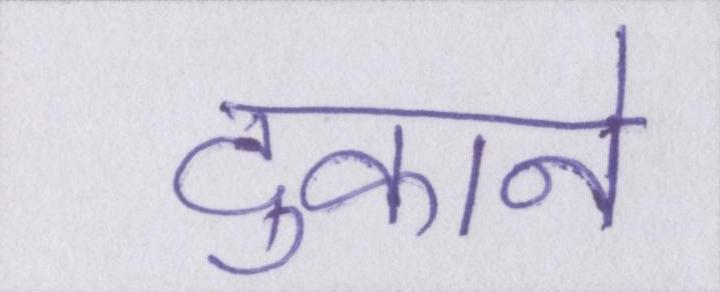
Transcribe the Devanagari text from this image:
दुकाने